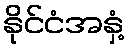
နိုင်ငံအနှံ့